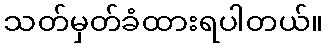
သတ်မှတ်ခံထားရပါတယ်။